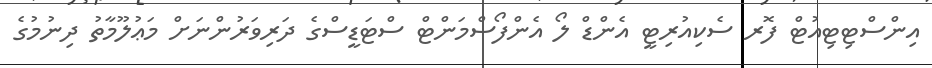
އިންސްޓިޓިއުޓް ފޮރ ސެކިއުރިޓީ އެންޑް ލޯ އެންފޯސްމަންޓް ސްޓަޑީސްގެ ދަރިވަރުންނަށް މަޢުލޫމާތު ދިނުމުގެ